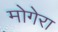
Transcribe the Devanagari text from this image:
मोगेरा